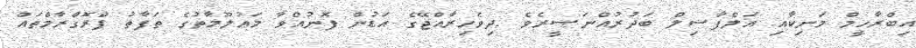
އިބްރާހީމް މަނިކާއި އަލްފާޟިލް ބަދުރުއްނަޞީރެވެ .ދިވެހިރާއްޖޭގެ އަޑުން ފޮނުއްވާ މަޢުލޫމާތުގެ ތަފާތު ޕްރޮގްރާމްތައް